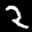
Label: 2